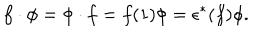
f \cdot \phi = \phi \cdot f = f ( 1 ) \phi = \epsilon ^ { * } ( f ) \phi .